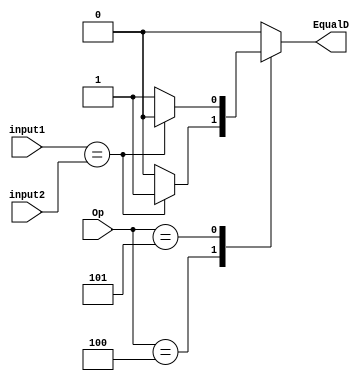
`timescale 1ns / 1ps
//////////////////////////////////////////////////////////////////////////////////
// Company: 
// Engineer: 
// 
// Design Name: 
// Module Name:    Comparador_Igualdad 
// Project Name: 
// Target Devices: 
// Tool versions: 
// Description: 
//
// Dependencies: 
//
// Revision: 
// Revision 0.01 - File Created
// Additional Comments: 
//
//////////////////////////////////////////////////////////////////////////////////
module Comparador_Igualdad(
	input wire [5:0]Op,
	input wire [31:0] input1,
	input wire [31:0] input2,
	output reg EqualD
);

always@(*)
begin
	case(Op)
		6'b 000100: 							//Operacion del tipo BEQ
		begin
			if(input1 == input2)
			begin
				EqualD <= 1;
			end
			else
			begin
				EqualD <= 0;
			end
		end
		6'b 000101:								//Operacion BNE. 
		begin
			if(input1 == input2)
			begin
				EqualD <= 0;
			end
			else
			begin
				EqualD <= 1;
			end
		end
		default:
			EqualD <= 0;
	endcase
end


endmodule